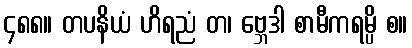
၄၈၈။ တပနိယံ ဟိရညံ တ၊ ဗ္ဘေဒါ စာမီကရမ္ပိ စ။